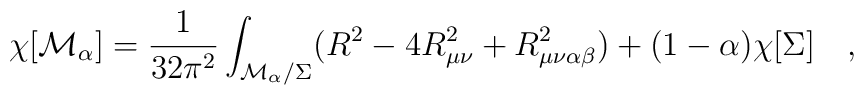
\chi [{\cal M}_\alpha]={1 \over 32\pi^2}\int_{{\cal M}_{\alpha}/\Sigma}(R^2-4R^2_{\mu\nu}+R^2_{\mu\nu\alpha\beta})+(1-\alpha) \chi [\Sigma]~~~,